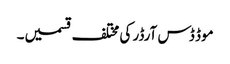
موڈ ڈس آرڈر کی مختلف قسمیں۔